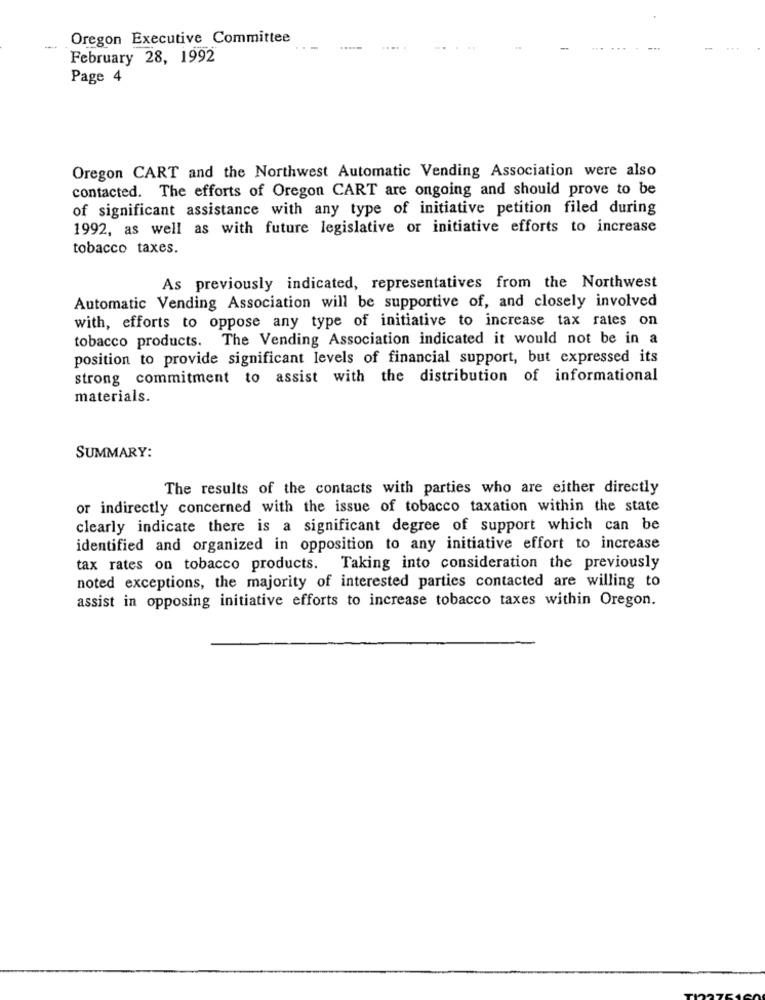
Oregon Executive Committee
-
-
February 28, 1992
Page 4
Oregon CART and the Northwest Automatic Vending Association were also
contacted. The efforts of Oregon CART are ongoing and should prove to be
of significant assistance with any type of initiative petition filed during
1992, as well as with future legislative or initiative efforts to increase
tobacco taxes.
As previously indicated, representatives from the Northwest
Automatic Vending Association will be supportive of, and closely involved
with, efforts to oppose any type of initiative to increase tax rates on
tobacco products. The Vending Association indicated it would not be in a
position to provide significant levels of financial support, but expressed its
strong commitment to assist with the distribution of informational
materials.
SUMMARY:
The results of the contacts with parties who are either directly
or indirectly concerned with the issue of tobacco taxation within the state
clearly indicate there is a significant degree of support which can be
identified and organized in opposition to any initiative effort to increase
tax rates on tobacco products. Taking into consideration the previously
noted exceptions, the majority of interested parties contacted are willing to
assist in opposing initiative efforts to increase tobacco taxes within Oregon.